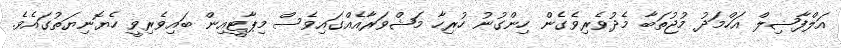
އަލްފާޟިލް އަހްމަދު މުޖުތަބާ މެދުވެރިވެގެން ހިންގުނު ހުރިހާ މަޝްވަރާއެއްގައިވެސް މިޕާޓީއިން ބައިވެރިވީ ހެޔޮނިޔަތުގައެވެ.